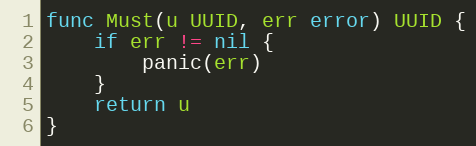
Language: Go
func Must(u UUID, err error) UUID {
	if err != nil {
		panic(err)
	}
	return u
}